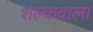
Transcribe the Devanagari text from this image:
शल्कवाला